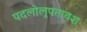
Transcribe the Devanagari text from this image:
पदलोलुपतावश